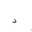
Letter: _dal